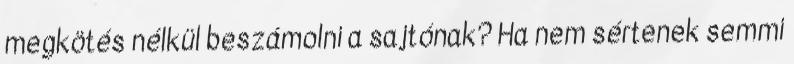
megkötés nélkül beszámolni a sajtónak? Ha nem sértenek semmi